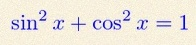
\sin^2x+\cos^2x=1